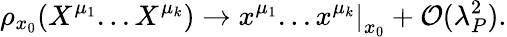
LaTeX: \rho_{x_{0}}(X^{\mu_{1}}...X^{\mu_{k}})\rightarrow\left.x^{\mu_{1}}...x^{\mu_{k}}\right|_{x_{0}}+{\cal O}(\lambda_{P}^{2}).